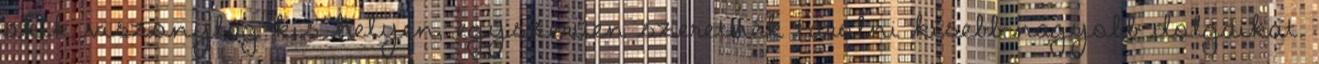
akik viszonylag kis helyen, egyszerűen szeretnék tárolni kisebb-nagyobb dolgaikat.